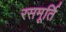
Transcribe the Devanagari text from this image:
रसमूर्ति